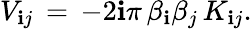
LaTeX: V_{\mathbf{i}j}\, =\, -2\mathbf{i}\pi\, \beta_{\mathbf{i}}\beta_{j}\, K_{\mathbf{i}j}.